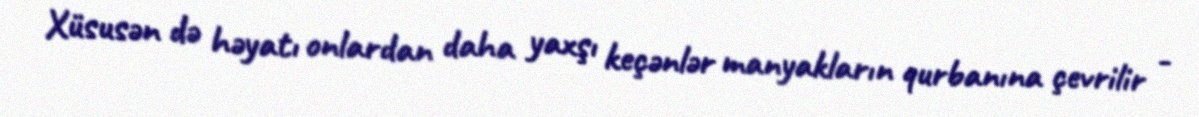
Xüsusən də həyatı onlardan daha yaxşı keçənlər manyakların qurbanına çevrilir -